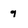
Character: 9